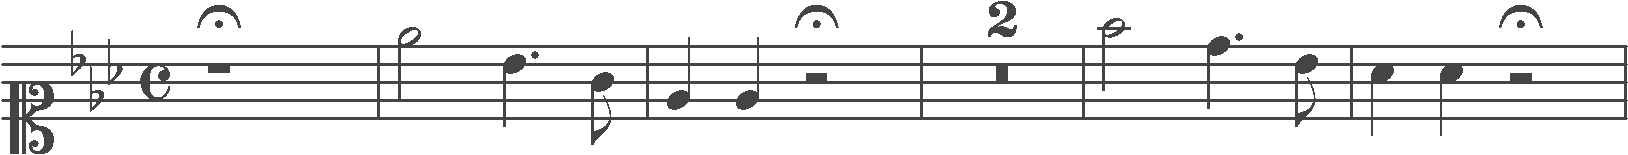
Transcription: clef-C1 keySignature-EbM timeSignature-C rest-whole_fermata barline note-Eb5_half note-Bb4_quarter. note-G4_eighth barline note-Eb4_quarter note-Eb4_quarter rest-half_fermata barline multirest-2 barline note-F5_half note-D5_quarter. note-Bb4_eighth barline note-Ab4_quarter note-Ab4_quarter rest-half_fermata barline